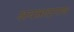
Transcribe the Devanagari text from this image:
अयत्नादापाद्य